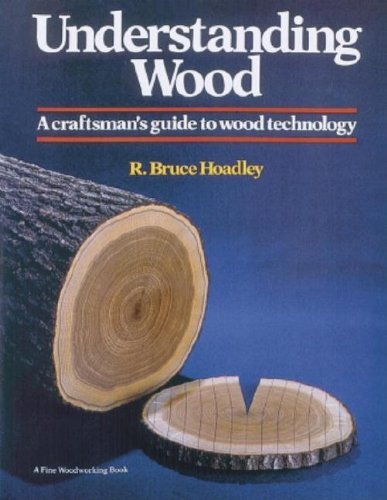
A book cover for Understanding Wood: A Craftsman's Guide to Wood Technology; R. Bruce Hoadley; Science & Math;